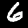
Digit: 6